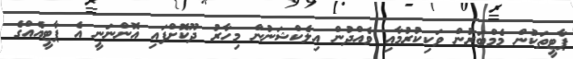
ޕާޓީތަކުން މެމްބަރުން ވަކިކުރުމާއި ވެއްދުން އިލެކްޝަނުން މިހާރު ދޫކޮށްފައި އޮންނަނީ އެ ޕާޓީއެއްގެ